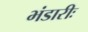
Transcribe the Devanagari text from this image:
भंडारीः